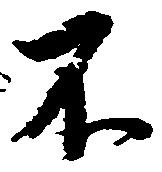
不